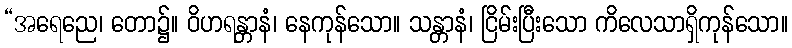
“အရေညေ၊ တော၌။ ဝိဟရန္တာနံ၊ နေကုန်သော။ သန္တာနံ၊ ငြိမ်းပြီးသော ကိလေသာရှိကုန်သော။